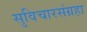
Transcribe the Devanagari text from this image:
सुविचारसंग्रहा